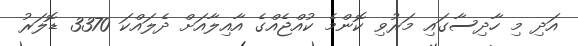
އަދި މި ހާދިސާގައި މަރުވި ކޮންމެ ކުއްޖެއްގެ އާއިލާއަށް ދެލައްކަ 3370 ޑޮލަރު